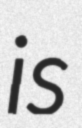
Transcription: is